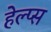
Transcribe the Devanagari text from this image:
हेल्प्स